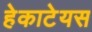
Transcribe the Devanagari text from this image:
हेकाटेयस